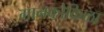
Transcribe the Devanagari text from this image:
गानकोकिळा